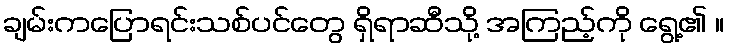
ချမ်းကပြောရင်းသစ်ပင်တွေ ရှိရာဆီသို့ အကြည့်ကို ရွေ့၏ ။